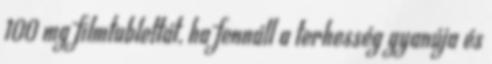
100 mg filmtablettát, ha fennáll a terhesség gyanúja és